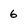
Character: 6